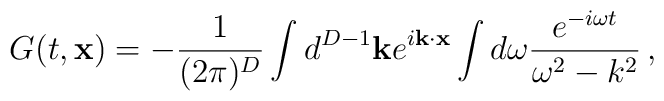
G(t,{\bf x})=-\frac{1}{(2\pi)^{D}} \int d^{D-1} {\bf k} e^{i {\bf k}\cdot{\bf x}}\int d\omega \frac{e^{-i\omega t}}{\omega^2-k^2}\,,